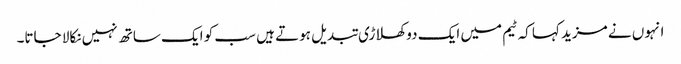
انہوں نے مزید کہا کہ ٹیم میں ایک دو کھلاڑی تبدیل ہوتے ہیں سب کو ایک ساتھ نہیں نکالا جاتا۔